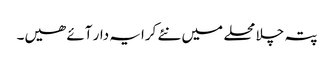
پتہ چلا محلے میں نئے کرایہ دار آئے ھیں۔